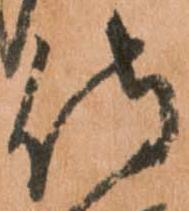
侍